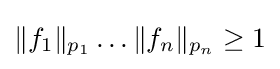
\|f_{1}\|_{p_{1}}\dots \|f_{n}\|_{p_{n}}\geq 1